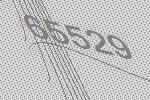
65529